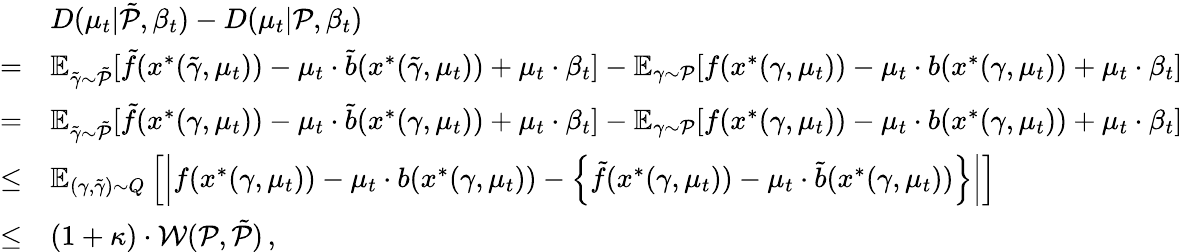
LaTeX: \begin{array}{rl}&{D(\mu_{t}|\tilde{\mathcal{P}},\beta_{t})-D(\mu_{t}|\mathcal{P},\beta_{t})}\\ {=}&{\mathbb{E}_{\tilde{\gamma}\sim\tilde{\mathcal{P}}}[\tilde{f}(x^{*}(\tilde{\gamma},\mu_{t}))-\mu_{t}\cdot\tilde{b}(x^{*}(\tilde{\gamma},\mu_{t}))+\mu_{t}\cdot\beta_{t}]-\mathbb{E}_{\gamma\sim\mathcal{P}}[f(x^{*}(\gamma,\mu_{t}))-\mu_{t}\cdot b(x^{*}(\gamma,\mu_{t}))+\mu_{t}\cdot\beta_{t}]}\\ {=}&{\mathbb{E}_{\tilde{\gamma}\sim\tilde{\mathcal{P}}}[\tilde{f}(x^{*}(\gamma,\mu_{t}))-\mu_{t}\cdot\tilde{b}(x^{*}(\gamma,\mu_{t}))+\mu_{t}\cdot\beta_{t}]-\mathbb{E}_{\gamma\sim\mathcal{P}}[f(x^{*}(\gamma,\mu_{t}))-\mu_{t}\cdot b(x^{*}(\gamma,\mu_{t}))+\mu_{t}\cdot\beta_{t}]}\\ {\leq}&{\mathbb{E}_{(\gamma,\tilde{\gamma})\sim Q}\left[\left|f(x^{*}(\gamma,\mu_{t}))-\mu_{t}\cdot b(x^{*}(\gamma,\mu_{t}))-\left\{ \tilde{f}(x^{*}(\gamma,\mu_{t}))-\mu_{t}\cdot\tilde{b}(x^{*}(\gamma,\mu_{t}))\right\} \right|\right]}\\ {\leq}&{(1+\kappa)\cdot\mathcal{W}(\mathcal{P},\tilde{\mathcal{P}})\, ,}\end{array}